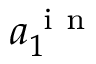
a _ { 1 } ^ { \mathrm { ~ i ~ n ~ } }